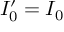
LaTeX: I _ { 0 } ^ { \prime } = I _ { 0 }